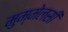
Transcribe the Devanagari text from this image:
मुम्मेलसी